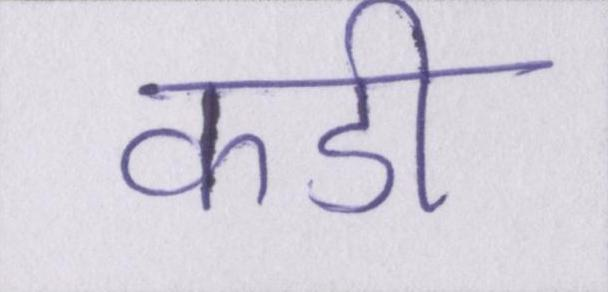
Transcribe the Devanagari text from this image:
कडी